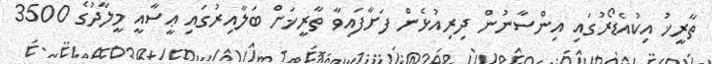
ތާރީޚު އިކުއެޑޯރުގައި އިންސާނުން ދިރިއުޅެން ފަށާފައިވާ ތާރީޚަށް ބަލާއިރުގައި ޢީސާއީ މީލާދުގެ 3500